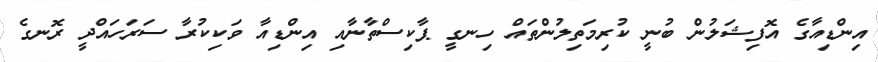
އިންޑިއާގެ އޮފިޝަލުން ބުނީ ކުރިމަތިލުންތައް ހިނގީ ޕާކިސްތާނާއި އިންޑިއާ ވަކިކުރާ ސަރަހައްދީ ރޮނގެ